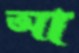
আ